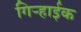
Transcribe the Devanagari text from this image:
गिऱ्हाईक